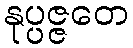
နုပ္ပဇ္ဇတေ